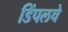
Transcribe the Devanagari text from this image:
डिंपलचे